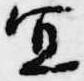
宜